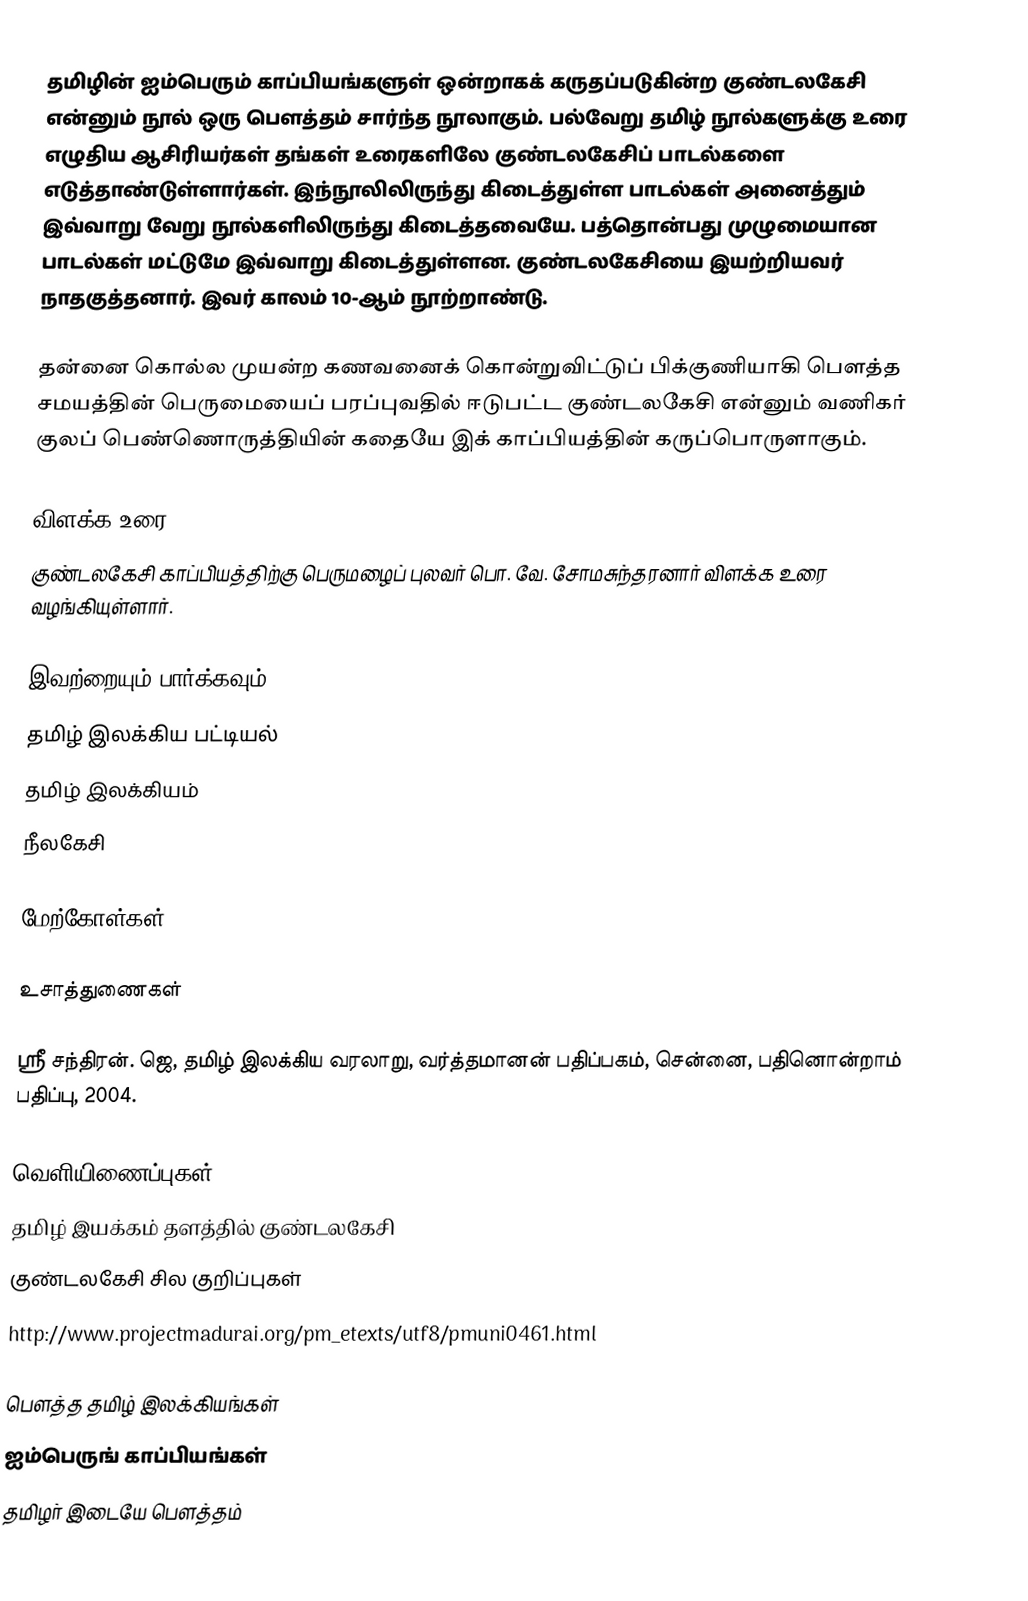
தமிழின் ஐம்பெரும் காப்பியங்களுள் ஒன்றாகக் கருதப்படுகின்ற குண்டலகேசி என்னும் நூல் ஒரு பௌத்தம் சார்ந்த நூலாகும். பல்வேறு தமிழ் நூல்களுக்கு உரை எழுதிய ஆசிரியர்கள் தங்கள் உரைகளிலே குண்டலகேசிப் பாடல்களை எடுத்தாண்டுள்ளார்கள். இந்நூலிலிருந்து கிடைத்துள்ள பாடல்கள் அனைத்தும் இவ்வாறு வேறு நூல்களிலிருந்து கிடைத்தவையே. பத்தொன்பது முழுமையான பாடல்கள் மட்டுமே இவ்வாறு கிடைத்துள்ளன. குண்டலகேசியை இயற்றியவர் நாதகுத்தனார். இவர் காலம் 10-ஆம் நூற்றாண்டு.

தன்னை கொல்ல முயன்ற கணவனைக் கொன்றுவிட்டுப் பிக்குணியாகி பௌத்த சமயத்தின் பெருமையைப் பரப்புவதில் ஈடுபட்ட குண்டலகேசி என்னும் வணிகர் குலப் பெண்ணொருத்தியின் கதையே இக் காப்பியத்தின் கருப்பொருளாகும்.

விளக்க உரை
குண்டலகேசி காப்பியத்திற்கு பெருமழைப் புலவர் பொ. வே. சோமசுந்தரனார் விளக்க உரை வழங்கியுள்ளார்.

இவற்றையும் பார்க்கவும்
 தமிழ் இலக்கிய பட்டியல்
 தமிழ் இலக்கியம்
 நீலகேசி

மேற்கோள்கள்

உசாத்துணைகள்

 ஸ்ரீ சந்திரன். ஜெ, தமிழ் இலக்கிய வரலாறு, வர்த்தமானன் பதிப்பகம், சென்னை, பதினொன்றாம் பதிப்பு, 2004.

வெளியிணைப்புகள்
 தமிழ் இயக்கம் தளத்தில் குண்டலகேசி
 குண்டலகேசி சில குறிப்புகள்
 http://www.projectmadurai.org/pm_etexts/utf8/pmuni0461.html

பௌத்த தமிழ் இலக்கியங்கள்
ஐம்பெருங் காப்பியங்கள்
தமிழர் இடையே பௌத்தம்